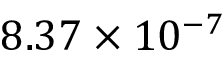
8 . 3 7 \times 1 0 ^ { - 7 }